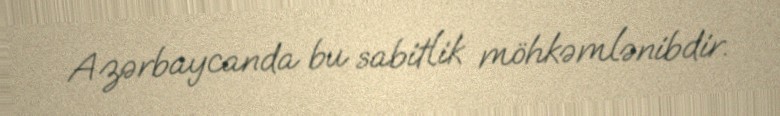
Azərbaycanda bu sabitlik möhkəmlənibdir.